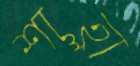
শাহ্লা